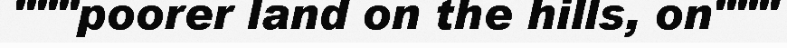
"""poorer land on the hills, on"""